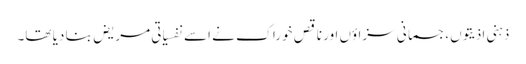
ذہنی اذیتوں،جسمانی سزاؤں اور ناقص خوراک نے اسے نفسیاتی مریض بنا دیا تھا۔